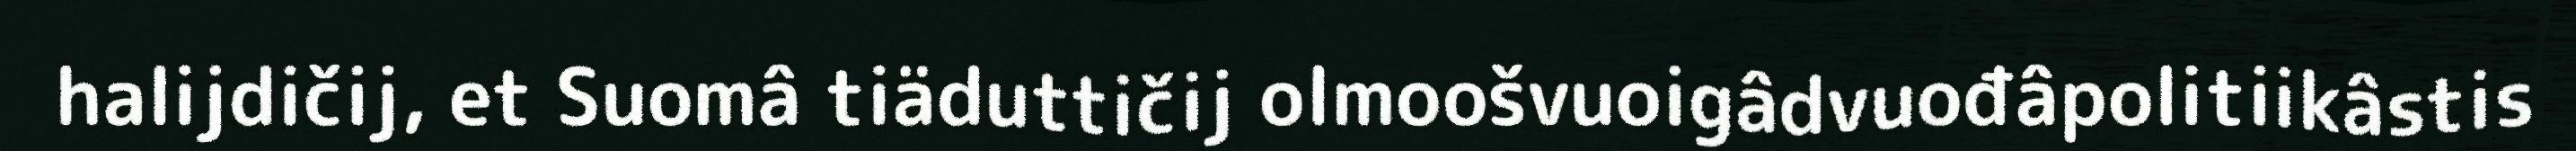
halijdičij, et Suomâ tiäduttičij olmoošvuoigâdvuođâpolitiikâstis